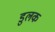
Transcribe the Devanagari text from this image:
डुलक